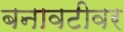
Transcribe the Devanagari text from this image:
बनावटीवर